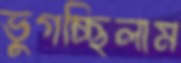
ভুগচ্ছিলাম